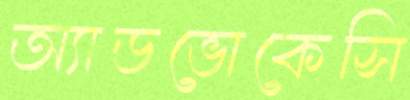
অ্যাডভোকেসি